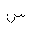
Letter: _sin